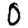
Digit: 0